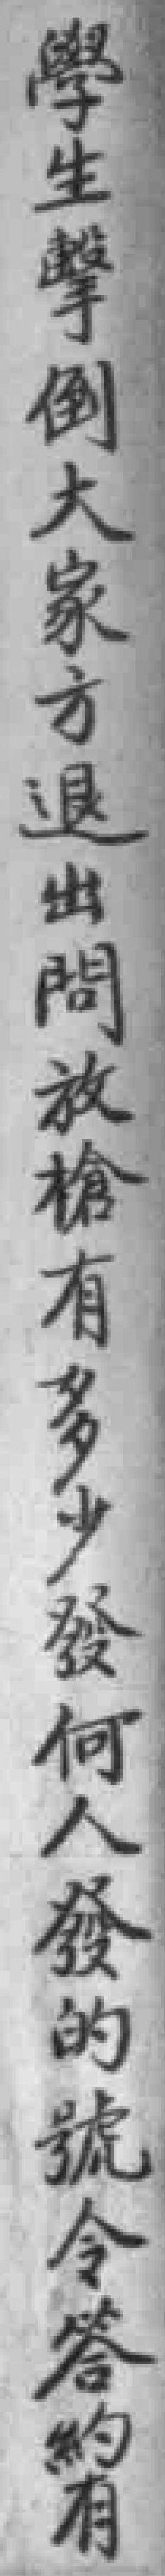
學生擊倒大家方退出問放槍有多少發何人發的號令答約有